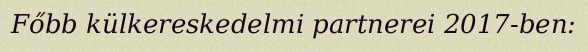
Főbb külkereskedelmi partnerei 2017-ben: